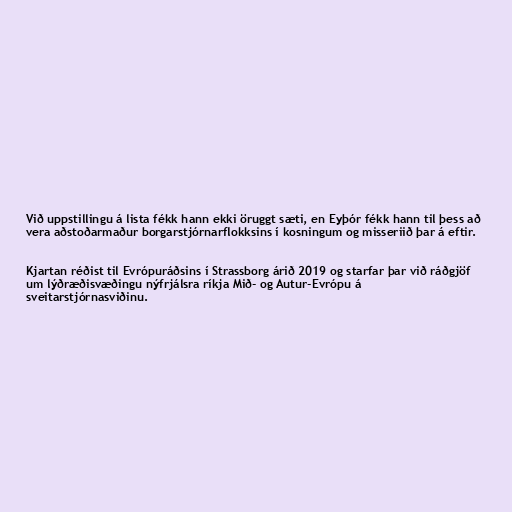
Við uppstillingu á lista fékk hann ekki öruggt sæti, en Eyþór fékk hann til þess að
vera aðstoðarmaður borgarstjórnarflokksins í kosningum og misseriið þar á eftir.

Kjartan réðist til Evrópuráðsins í Strassborg árið 2019 og starfar þar við ráðgjöf
um lýðræðisvæðingu nýfrjálsra ríkja Mið- og Autur-Evrópu á
sveitarstjórnasviðinu.